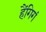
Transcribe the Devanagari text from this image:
हैंगिगं